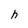
Character: h